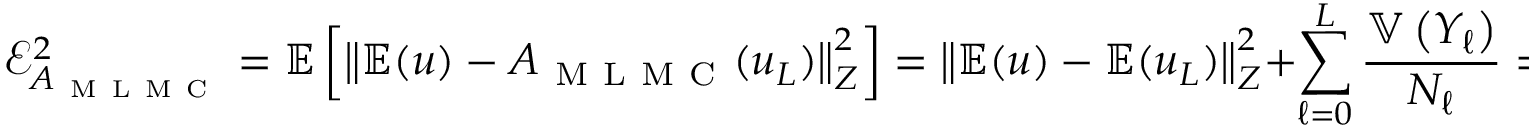
\mathcal { E } _ { A _ { \mathrm { ~ M ~ L ~ M ~ C ~ } } } ^ { 2 } = \mathbb { E } \left[ \left\Vert \mathbb { E } ( u ) - A _ { \mathrm { ~ M ~ L ~ M ~ C ~ } } ( u _ { L } ) \right\Vert _ { Z } ^ { 2 } \right] = \left\Vert \mathbb { E } ( u ) - \mathbb { E } ( u _ { L } ) \right\Vert _ { Z } ^ { 2 } + \sum _ { \ell = 0 } ^ { L } \frac { \mathbb { V } \left( Y _ { \ell } \right) } { N _ { \ell } } = \mathcal { E } _ { \mathrm { ~ B ~ i ~ a ~ s ~ } } ^ { 2 } + \mathcal { E } _ { \mathrm { ~ S ~ t ~ a ~ t ~ } } ^ { 2 } .